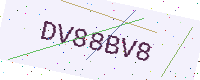
Text: DV88BV8